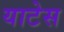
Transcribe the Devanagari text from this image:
याटेस